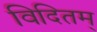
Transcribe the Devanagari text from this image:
विदितम्